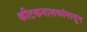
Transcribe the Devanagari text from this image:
कीटकनाशकांपासून